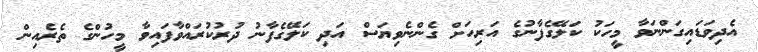
އެދިވަޑައިގަންނަވާ މީހަކު ކަލޭގެފާނުގެ އަރިހަށް ގެންނެވިޔަސް އަދި ކަލޭގެފާނު ދުރުކުރައްވާފައިވާ މީހުންގެ ތެރެއިން